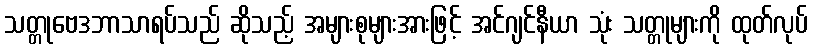
သတ္တုဗေဒဘာသာရပ်သည် ဆိုသည့် အများစုများအားဖြင့် အင်ဂျင်နီယာ သုံး သတ္တုများကို ထုတ်လုပ်